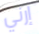
إرني